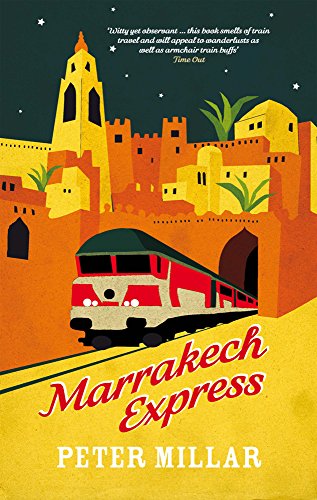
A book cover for Marrakech Express; Peter Millar; Travel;